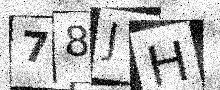
Text: 78JH